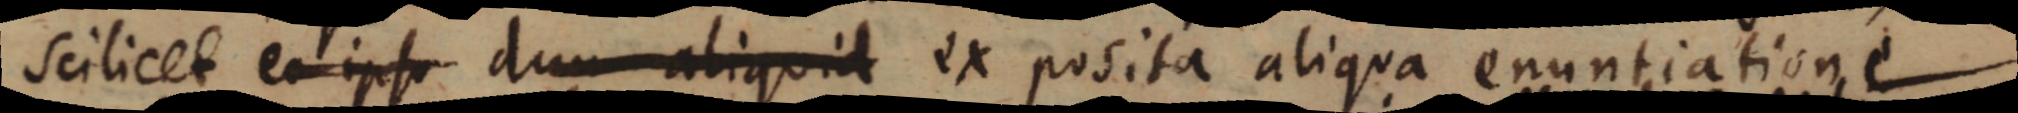
scilicet eo ips dum aliquid ex posita aliqua enuntiatione